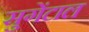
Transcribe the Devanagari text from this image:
सुगेंटाल